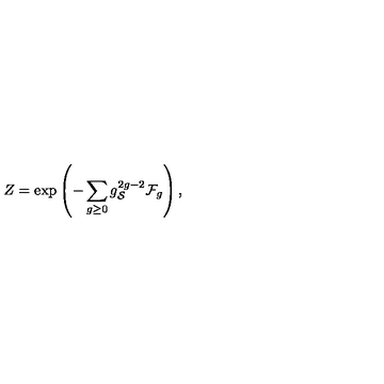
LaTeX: Z = \exp \left( - \sum _ { g \geq 0 } g _ { \cal S } ^ { 2 g - 2 } { \cal F } _ { g } \right) ,